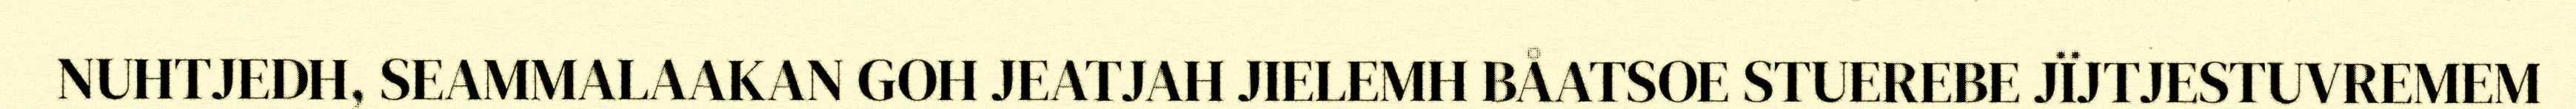
NUHTJEDH, SEAMMALAAKAN GOH JEATJAH JIELEMH BÅATSOE STUEREBE JÏJTJESTUVREMEM